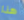
هذا